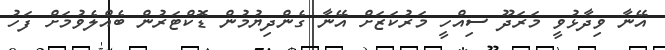
އޭނާ ވިދާޅުވީ މަރަދޫ ސިއްހީ މަރުކަޒަށް އޭނާ ގެންދިޔުމުން ޑޮކްޓަރުން ބެއްލެވުމަށް ފަހު